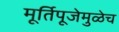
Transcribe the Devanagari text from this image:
मूर्तिपूजेमुळेच